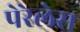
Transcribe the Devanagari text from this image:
पेरेलेस